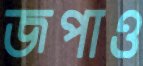
জপাও